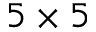
5 \times 5